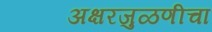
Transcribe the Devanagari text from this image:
अक्षरजुळणीचा